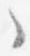
之